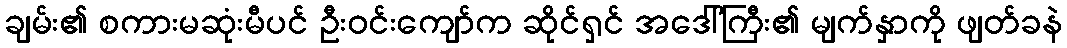
ချမ်း၏ စကားမဆုံးမီပင် ဦးဝင်းကျော်က ဆိုင်ရှင် အဒေါ်ကြီး၏ မျက်နှာကို ဖျတ်ခနဲ